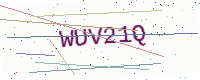
Text: WUV21Q